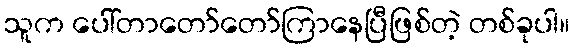
သူက ပေါ်တာတော်တော်ကြာနေပြီဖြစ်တဲ့ တစ်ခုပါ။